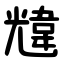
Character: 韑